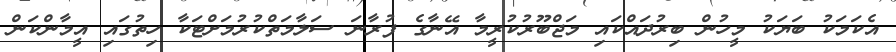
އެކަމަކު ބަޔަކު މީހުން ބިރުދައްކައި މަޖްބޫރުކުރީމާ އޭނާގެ ފުރާނަ ސަލާމަތްކުރުމަށްޓަކާ ހިތުގައި އީމާންކަން